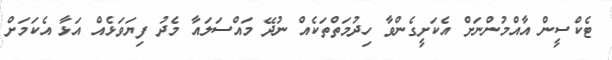
ޓެކްސީން އާއްމުންނަށް އެކަށީގެންވާ ހިދުމަތްތަކެއް ނުދޭ މައްސަލައާ މެދު ފިޔަވަޅެއް އަޅާ އެކަމަށް